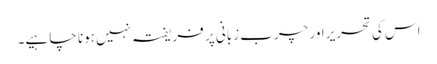
اس کی تحریر اور چرب زبانی پر فریفتہ نہیں ہونا چا ہیے۔